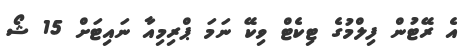
އެ ރޭޓުން ފިލްމުގެ ޓިކެޓް ވިކޭ ނަމަ ޕްރިމިއާ ނައިޓަށް 15 ޝޯ